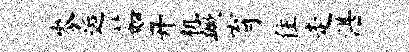
岑逅茹开机蹶育住走湛